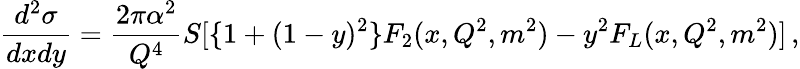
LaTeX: \frac{d^{2}\sigma}{dxdy}=\frac{2\pi\alpha^{2}}{Q^{4}}S[\{ 1+(1-y)^{2}\} F_{2}(x,Q^{2},m^{2})-y^{2}F_{L}(x,Q^{2},m^{2})]\, ,